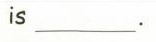
is ___.